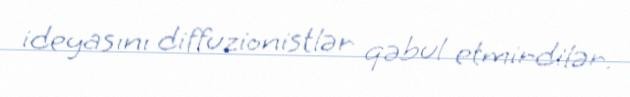
ideyasını diffuzionistlər qəbul etmirdilər.